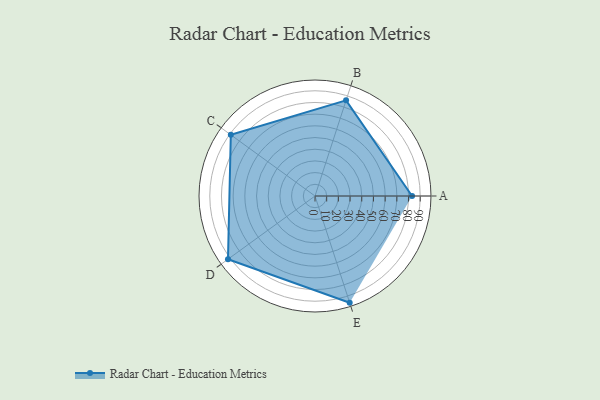
{"axis": {"x": "Skill", "y": "Score"}, "legend": ["Profile"], "data": [{"x": "A", "y": 83.0, "type": "Profile"}, {"x": "B", "y": 86.0, "type": "Profile"}, {"x": "C", "y": 89.0, "type": "Profile"}, {"x": "D", "y": 92.0, "type": "Profile"}, {"x": "E", "y": 96.0, "type": "Profile"}]}